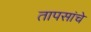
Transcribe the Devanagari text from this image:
तापसांचे